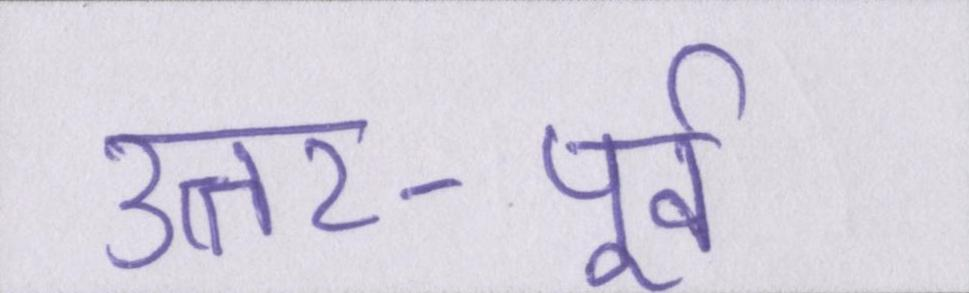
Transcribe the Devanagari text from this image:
उत्तर-पूर्व